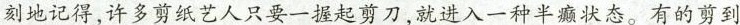
刻地记得，许多剪纸艺人只要一握起剪刀，就进入一种半癫状态。有的剪到